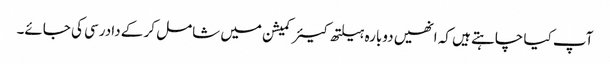
آپ کیا چاہتے ہیں کہ انھیں دوبارہ ہیلتھ کیئر کمیشن میں شامل کر کے دادرسی کی جائے۔